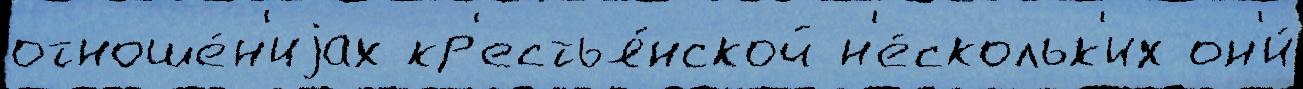
отноше́н'иjах кр'естья́нской н'е́скольк'их он'и́